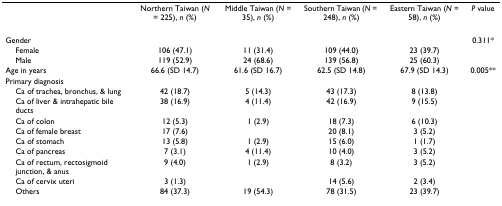
|  | Northern Taiwan (N = 225), n (%) | Middle Taiwan (N = 35), n (%) | Southern Taiwan (N = 248), n (%) | Eastern Taiwan (N = 58), n (%) | P value |
 | --- | --- | --- | --- | --- | --- |
 | Gender |  |  |  |  | 0.311* |
 | Female | 106 (47.1) | 11 (31.4) | 109 (44.0) | 23 (39.7) |  |
 | Male | 119 (52.9) | 24 (68.6) | 139 (56.8) | 25 (60.3) |  |
 | Age in years | 66.6 (SD 14.7) | 61.6 (SD 16.7) | 62.5 (SD 14.8) | 67.9 (SD 14.3) | 0.005** |
 | Primary diagnosis |  |  |  |  |  |
 | Ca of trachea, bronchus, & lung | 42 (18.7) | 5 (14.3) | 43 (17.3) | 8 (13.8) |  |
 | Ca of liver & intrahepatic bile ducts | 38 (16.9) | 4 (11.4) | 42 (16.9) | 9 (15.5) |  |
 | Ca of colon | 12 (5.3) | 1 (2.9) | 18 (7.3) | 6 (10.3) |  |
 | Ca of female breast | 17 (7.6) |  | 20 (8.1) | 3 (5.2) |  |
 | Ca of stomach | 13 (5.8) | 1 (2.9) | 15 (6.0) | 1 (1.7) |  |
 | Ca of pancreas | 7 (3.1) | 4 (11.4) | 10 (4.0) | 3 (5.2) |  |
 | Ca of rectum, rectosigmoid junction, & anus | 9 (4.0) | 1 (2.9) | 8 (3.2) | 3 (5.2) |  |
 | Ca of cervix uteri | 3 (1.3) |  | 14 (5.6) | 2 (3.4) |  |
 | Others | 84 (37.3) | 19 (54.3) | 78 (31.5) | 23 (39.7) |  |